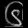
Digit: ၆